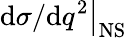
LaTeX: \left.\mathrm{d}\sigma/\mathrm{d}q^{2}\right|_{\mathrm{NS}}